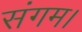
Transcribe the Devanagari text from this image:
संगम।